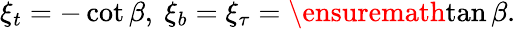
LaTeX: \xi_{t}=-\cot\beta,\ \xi_{b}=\xi_{\tau}=\ensuremath{\tan\beta}.